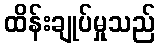
ထိန်းချုပ်မှုသည်